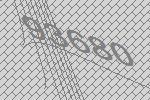
93680